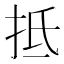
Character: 抵